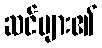
ဆင်များ၏